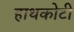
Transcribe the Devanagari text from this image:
हाथकोटी